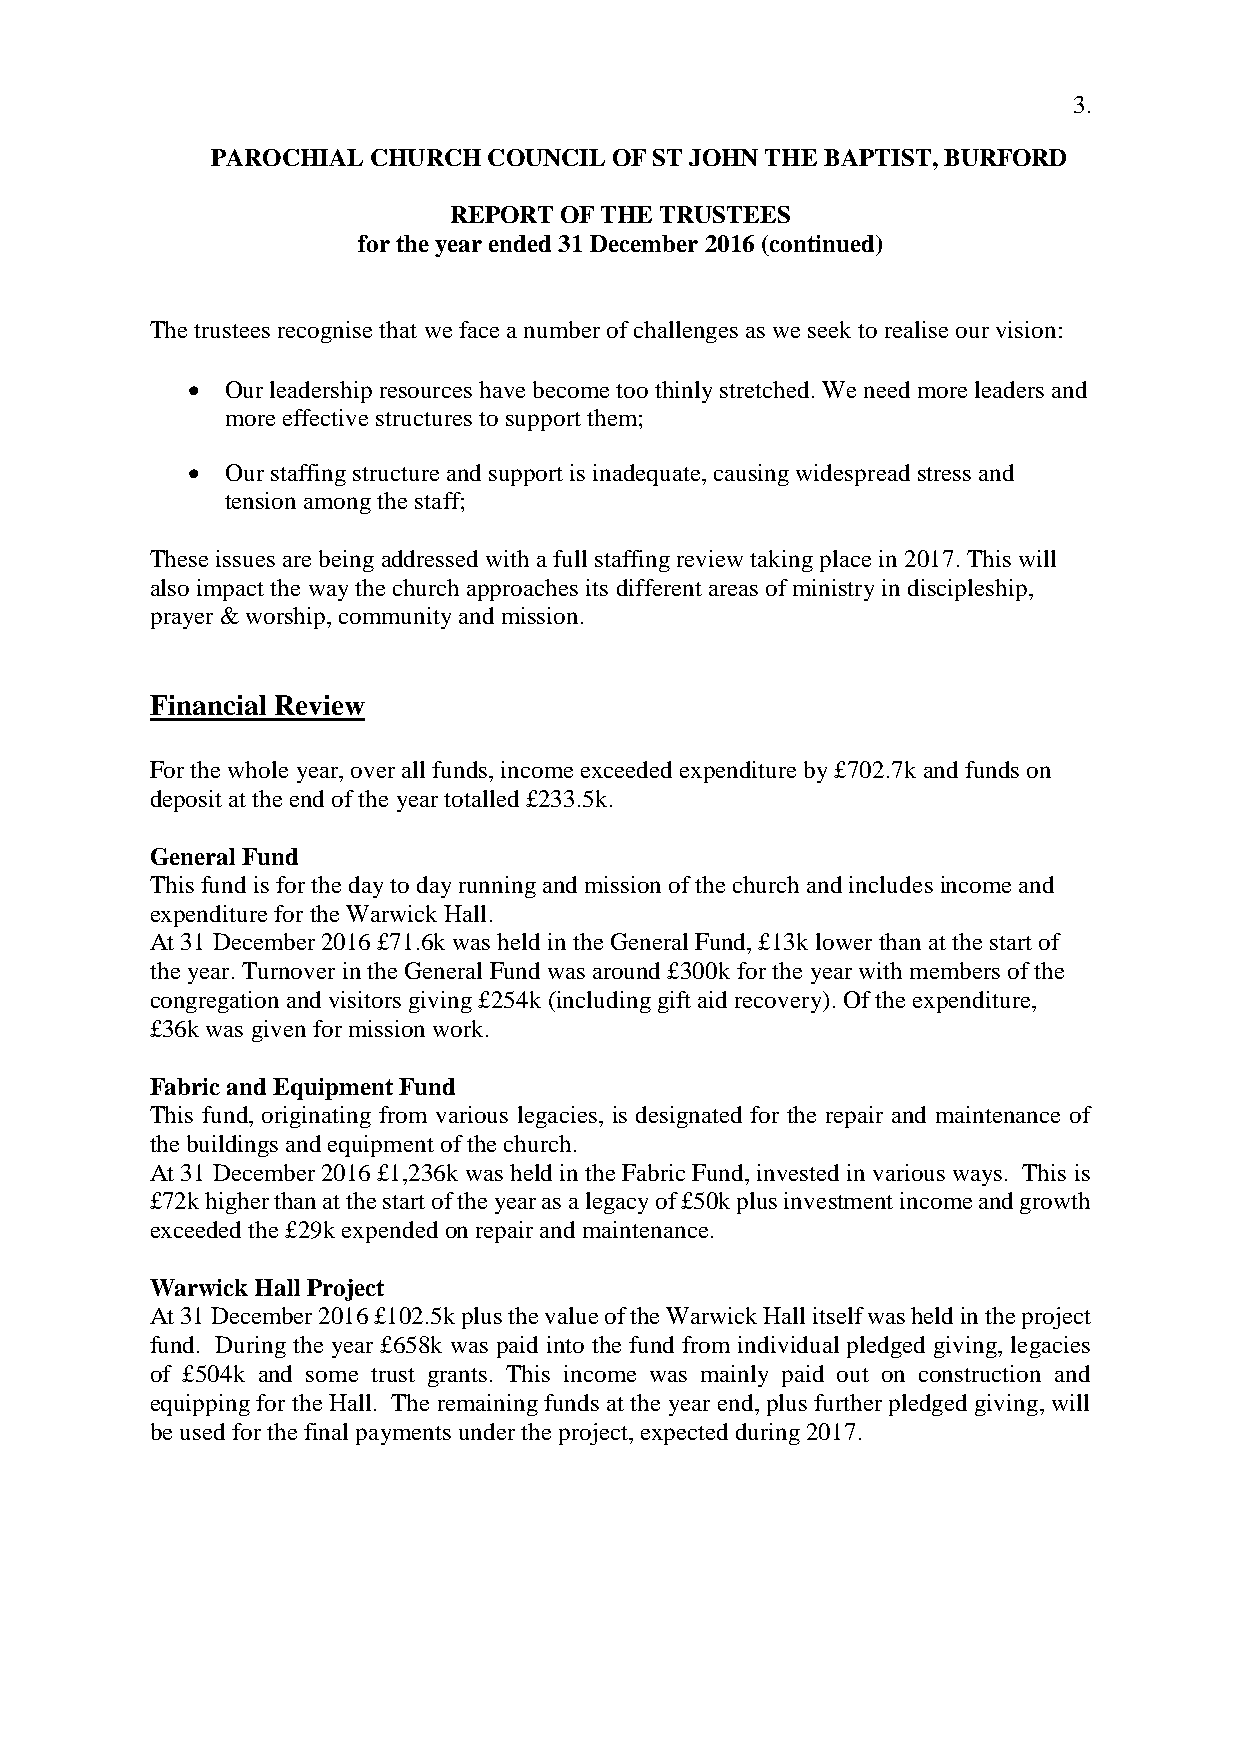
3.
 PAROCHIAL CHURCH  COUNCIL OF ST JOHN THE BAPTIST, BURFORD
 REPORT OF THE TRUSTEES
 for the year ended 31 December 2016 (continued)
 The trustees recognise that we face a number of challenges as we seek to realise our vision:
   Our leadership resources have become too thinly stretched. We need more leaders and
 more effective structures to support them;
   Our staffing structure and support is inadequate, causing widespread stress and
 tension among the staff;
 These issues are being addressed with a full staffing review taking place in 2017. This will
 also impact the way the church approaches its different areas of ministry in discipleship,
 prayer & worship, community and mission.
 Financial Review
 For the whole year, over all funds, income exceeded expenditure by £702.7k and funds on
 deposit at the end of the year totalled £233.5k.
 General Fund
 This fund is for the day to day running and mission of the church and includes income and
 expenditure for the Warwick Hall.
 At 31 December 2016 £71.6k was held in the General Fund, £13k lower than at the start of
 the year. Turnover in the General Fund was around £300k for the year with members of the
 congregation and visitors giving £254k (including gift aid recovery). Of the expenditure,
 £36k was given for mission work.
 Fabric and Equipment Fund
 This fund, originating from various legacies, is designated for the repair and maintenance of
 the buildings and equipment of the church.
 At 31 December 2016 £1,236k was held in the Fabric Fund, invested in various ways. This is
 £72k higher than at the start of the year as a legacy of £50k plus investment income and growth
 exceeded the £29k expended on repair and maintenance.
 Warwick Hall Project
 At 31 December 2016 £102.5k plus the value of the Warwick Hall itself was held in the project
 fund. During the year £658k was paid into the fund from individual pledged giving, legacies
 of £504k and some trust grants. This income was mainly paid out on construction and
 equipping for the Hall. The remaining funds at the year end, plus further pledged giving, will
 be used for the final payments under the project, expected during 2017.